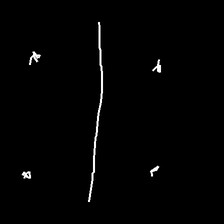
Glyph: cool